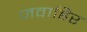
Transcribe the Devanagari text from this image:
जवाहिर